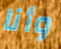
وأنا